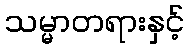
သမ္မာတရားနှင့်